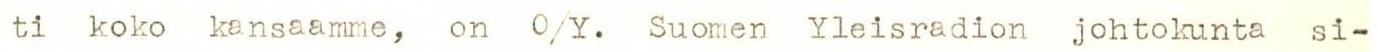
ti koko kansaamme, on O/Y. Suomen Yleisradion johtokunta si-